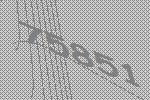
75851